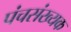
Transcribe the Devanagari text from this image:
पंचसंख्यक